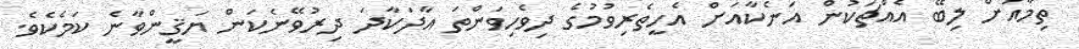
ތިމާއަށް ލިބޭ އެއްޗަކުން އަނެކާއަށް އެހީތެރިވުމުގެ ދިވެހިވަންތަ އާދަކާދަ ދިރުވޭނެކަން ޔަޤީންވާނެ ކަމެކެވެ.